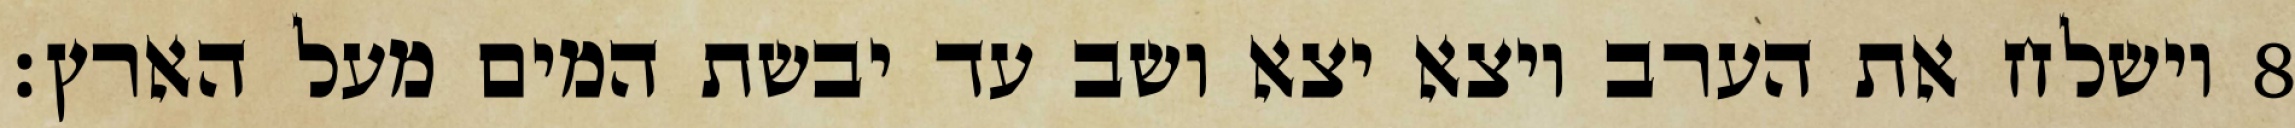
וישלח את הערב ויצא יצא ושב עד יבשת המים מעל הארץ׃ ‎8‏